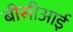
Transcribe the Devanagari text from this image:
बीसीआई